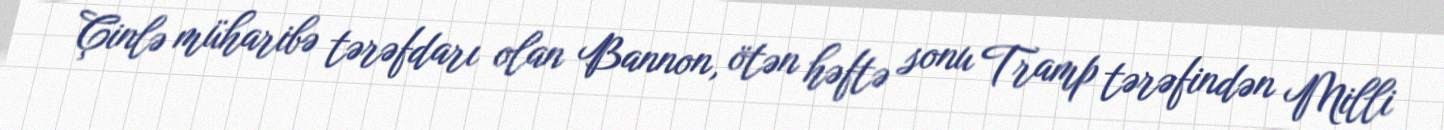
Çinlə müharibə tərəfdarı olan Bannon, ötən həftə sonu Tramp tərəfindən Milli